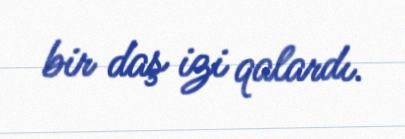
bir daş izi qalardı.